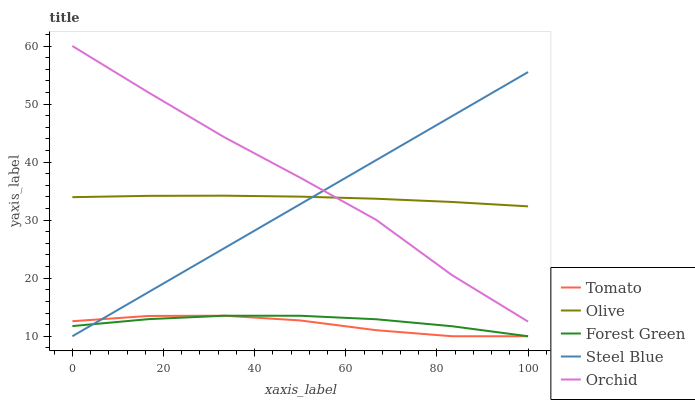
| xaxis_label | Tomato | Olive | Forest Green | Steel Blue | Orchid |
 | --- | --- | --- | --- | --- | --- |
 | 0 | 12.6 | 34 | 11.8 | 10 | 60 |
 | 16.7 | 13.5 | 34.2 | 12.9 | 17.6 | 52 |
 | 33.3 | 13.5 | 34.2 | 13.5 | 25.2 | 44.3 |
 | 50 | 12.7 | 34.1 | 13.5 | 32.8 | 37.3 |
 | 66.7 | 11 | 33.7 | 12.9 | 40.3 | 30.1 |
 | 83.3 | 10 | 33.1 | 11.7 | 47.9 | 20.5 |
 | 100 | 10 | 32.4 | 10 | 55.5 | 12.5 |